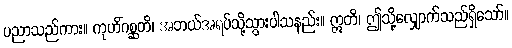
ပညာသည်ကား။ ကုဟိံဂစ္ဆတိ၊ အဘယ်အရပ်သို့သွားပါသနည်း။ ဣတိ၊ ဤသို့လျှောက်သည်ရှိသော်။